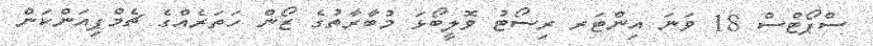
ސްޕޯޓްސް 18 ވަނަ އިންޓަރ ރިސޯޓު ވޮލީބޯޅަ މުބާރާތުގެ ޒޯން ހަތަރެއްގެ ޗެމްޕިއަންކަން